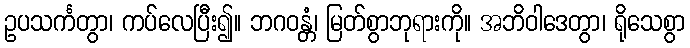
ဥပသင်္ကတွာ၊ ကပ်လေပြီး၍။ ဘဂဝန္တံ၊ မြတ်စွာဘုရားကို။ အဘိဝါဒေတွာ၊ ရိုသေစွာ